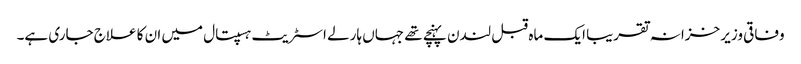
وفاقی وزیر خزانہ تقریبا ایک ماہ قبل لندن پہنچے تھے جہاں ہارلے اسٹریٹ ہسپتال میں ان کا علاج جاری ہے۔